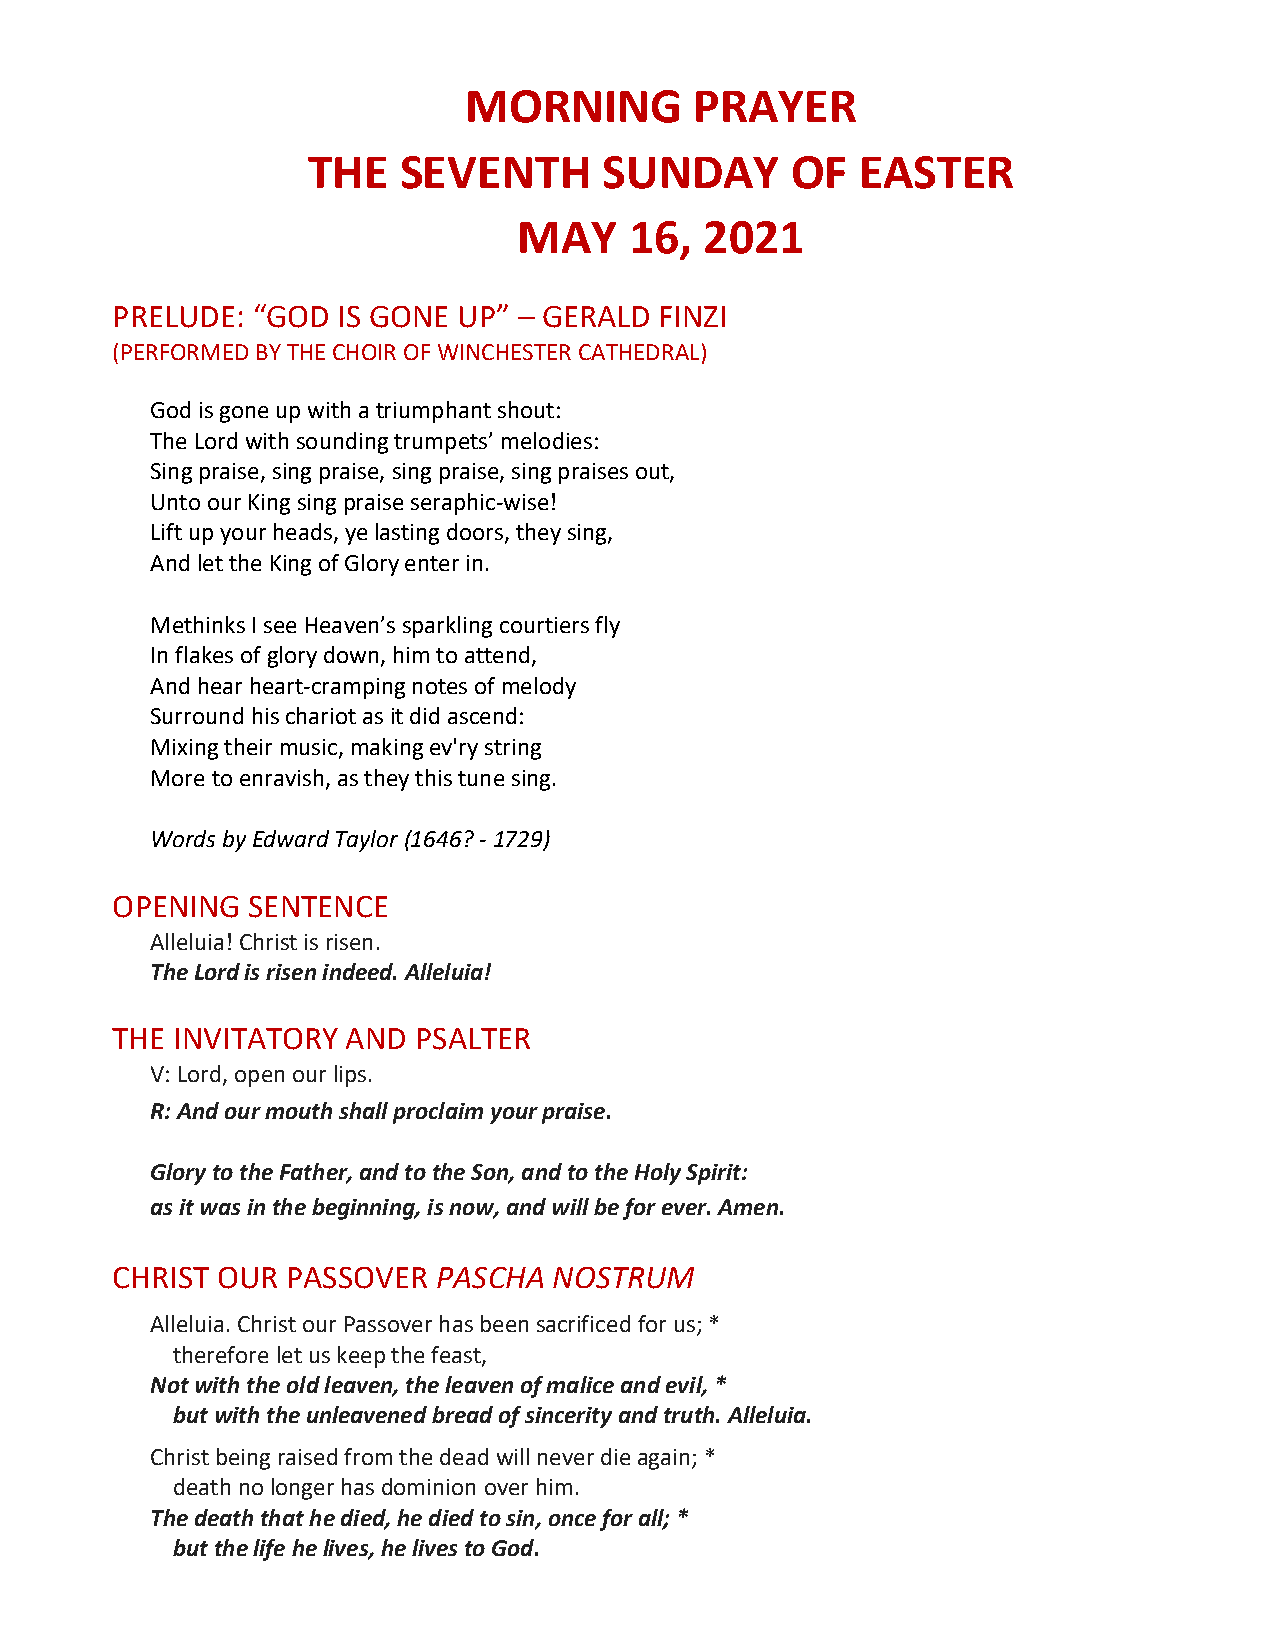
MORNING        PRAYER
 THE   SEVENTH       SUNDAY      OF   EASTER
 MAY     16,  2021
 PRELUDE:  “GOD IS GONE UP” – GERALD  FINZI
 (PERFORMED BY THE CHOIR OF WINCHESTER CATHEDRAL)
 God is gone up with a triumphant shout:
 The Lord with sounding trumpets’ melodies:
 Sing praise, sing praise, sing praise, sing praises out,
 Unto our King sing praise seraphic-wise!
 Lift up your heads, ye lasting doors, they sing,
 And let the King of Glory enter in.
 Methinks I see Heaven’s sparkling courtiers fly
 In flakes of glory down, him to attend,
 And hear heart-cramping notes of melody
 Surround his chariot as it did ascend:
 Mixing their music, making ev'ry string
 More to enravish, as they this tune sing.
 Words by Edward Taylor (1646? - 1729)
 OPENING  SENTENCE
 Alleluia! Christ is risen.
 The Lord is risen indeed. Alleluia!
 THE INVITATORY  AND PSALTER
 V: Lord, open our lips.
 R: And our mouth shall proclaim your praise.
 Glory to the Father, and to the Son, and to the Holy Spirit:
 as it was in the beginning, is now, and will be for ever. Amen.
 CHRIST OUR  PASSOVER  PASCHA  NOSTRUM
 Alleluia. Christ our Passover has been sacrificed for us; *
 therefore let us keep the feast,
 Not with the old leaven, the leaven of malice and evil, *
 but with the unleavened bread of sincerity and truth. Alleluia.
 Christ being raised from the dead will never die again; *
 death no longer has dominion over him.
 The death that he died, he died to sin, once for all; *
 but the life he lives, he lives to God.